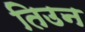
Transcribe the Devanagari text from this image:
तिउन